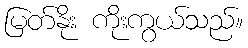
မြတ်နိုး ကိုးကွယ်သည်။